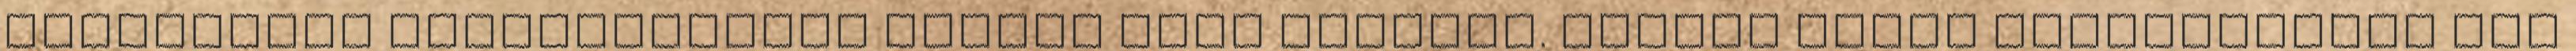
telepítési követelményei között kell megadni. Minden ilyen követelményt már